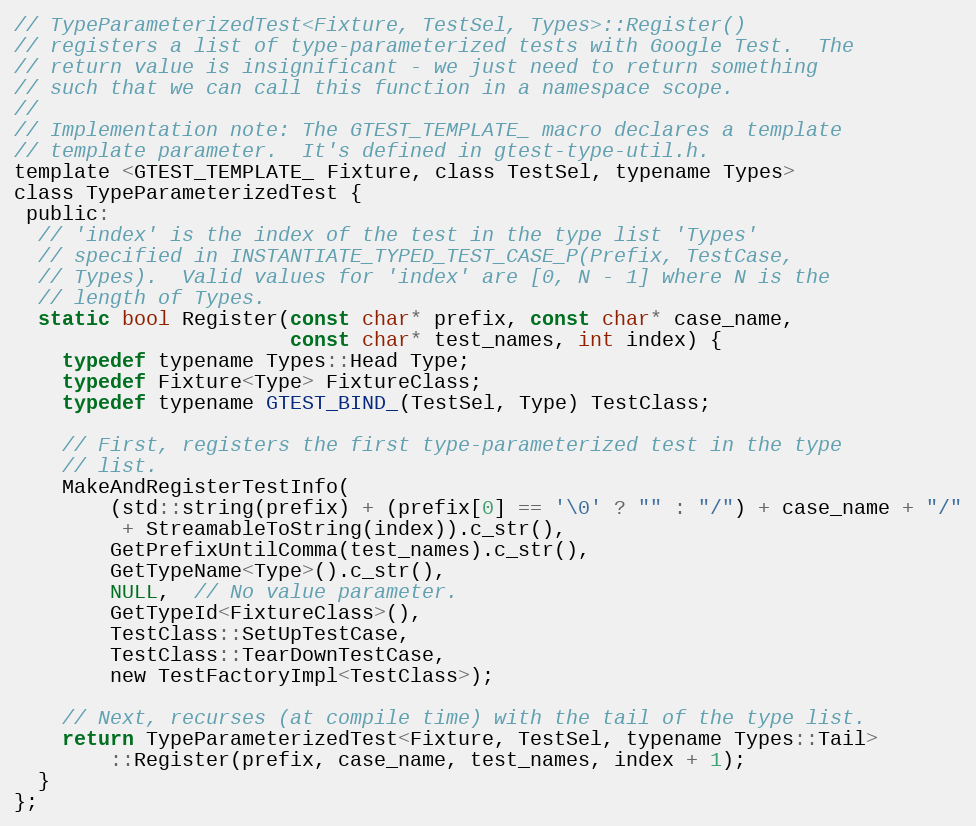
Language: C
// TypeParameterizedTest<Fixture, TestSel, Types>::Register()
// registers a list of type-parameterized tests with Google Test.  The
// return value is insignificant - we just need to return something
// such that we can call this function in a namespace scope.
//
// Implementation note: The GTEST_TEMPLATE_ macro declares a template
// template parameter.  It's defined in gtest-type-util.h.
template <GTEST_TEMPLATE_ Fixture, class TestSel, typename Types>
class TypeParameterizedTest {
 public:
  // 'index' is the index of the test in the type list 'Types'
  // specified in INSTANTIATE_TYPED_TEST_CASE_P(Prefix, TestCase,
  // Types).  Valid values for 'index' are [0, N - 1] where N is the
  // length of Types.
  static bool Register(const char* prefix, const char* case_name,
                       const char* test_names, int index) {
    typedef typename Types::Head Type;
    typedef Fixture<Type> FixtureClass;
    typedef typename GTEST_BIND_(TestSel, Type) TestClass;

    // First, registers the first type-parameterized test in the type
    // list.
    MakeAndRegisterTestInfo(
        (std::string(prefix) + (prefix[0] == '\0' ? "" : "/") + case_name + "/"
         + StreamableToString(index)).c_str(),
        GetPrefixUntilComma(test_names).c_str(),
        GetTypeName<Type>().c_str(),
        NULL,  // No value parameter.
        GetTypeId<FixtureClass>(),
        TestClass::SetUpTestCase,
        TestClass::TearDownTestCase,
        new TestFactoryImpl<TestClass>);

    // Next, recurses (at compile time) with the tail of the type list.
    return TypeParameterizedTest<Fixture, TestSel, typename Types::Tail>
        ::Register(prefix, case_name, test_names, index + 1);
  }
};